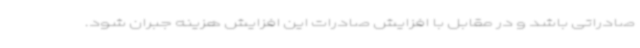
صادراتی باشد و در مقابل با افزایش صادرات این افزایش هزینه جبران شود.